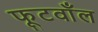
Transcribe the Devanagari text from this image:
फूटवाँल